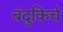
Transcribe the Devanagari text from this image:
बंदुकिचे